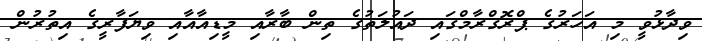
ވިދާޅުވީ މި އަހަރުގެ ޕްރޮގްރާމްގައި ދައުލަތުގެ ތިން ބާރާއި މީޑިއާއާއި ވިޔަފާރީގެ އިތުރުން